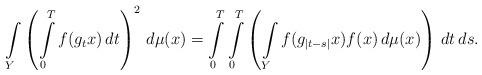
LaTeX: \begin{align*}\int\limits_Y \left(\int\limits_0^T f(g_t x) \, dt \right)^2\,d\mu(x) = \int\limits_0^T\int\limits_0^T \left(\int\limits_Y f(g_{|t-s|} x) f(x) \, d\mu(x)\right) \, dt \, ds.\end{align*}